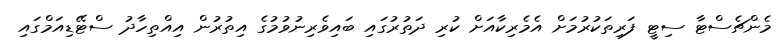
މެންޗެސްޓާ ސިޓީ ފަރިތަކުރުމަށް އެމެރިކާއަށް ކުރި ދަތުރުގައި ބައިވެރިނުވުމުގެ އިތުރުން އިއްތިހާދު ސްޓޭޑިއަމްގައި